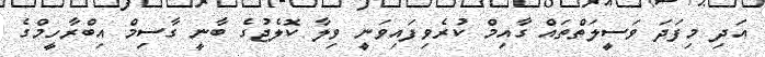
އަދި މިފަދަ ވަސީލަތްތައް ގާއިމް ކުރެވިފައިވަނީ ވިލާ ކޮލެޖުގެ ބާނީ ގާސިމް އިބްރާހީމްގެ